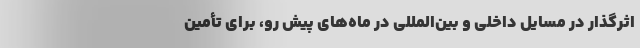
اثرگذار در مسایل داخلی و بین‌المللی در ماه‌های پیش رو، برای تأمین